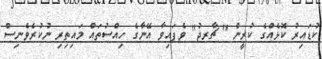
ކުޑައިރު ކޮޅެއްގެ ކުރީން " ޗާރޖު" ވެފައިވާ އޭނާގެ ހިއްސުތައް މައިތިރި ނުކުރެވެނިސް